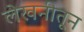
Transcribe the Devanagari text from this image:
लेखनीतून